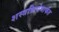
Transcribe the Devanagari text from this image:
शस्त्रक्रियेमार्फत